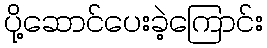
ပို့ဆောင်ပေးခဲ့ကြောင်း